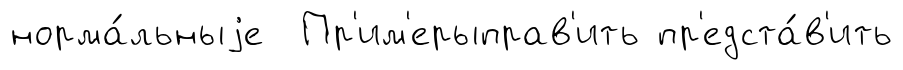
норма́льныjе Пр'им'ерыправ'ить пр'едста́в'ить